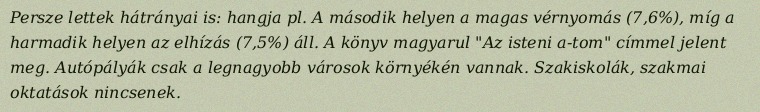
Persze lettek hátrányai is: hangja pl. A második helyen a magas vérnyomás (7,6%), míg a harmadik helyen az elhízás (7,5%) áll. A könyv magyarul "Az isteni a-tom" címmel jelent meg. Autópályák csak a legnagyobb városok környékén vannak. Szakiskolák, szakmai oktatások nincsenek.